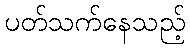
ပတ်သက်နေသည့်